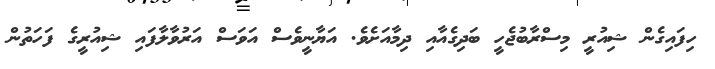
ހިފައިގެން ޝިއުރީ މިސްރާބުޖެހީ ބަދިގެއާއި ދިމާއަށެވެ. އަޔާނީވެސް އަވަސް އަރުވާލާފައި ޝިއުރީގެ ފަހަތުން